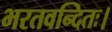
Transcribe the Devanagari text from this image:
भरतवन्दितः।